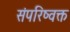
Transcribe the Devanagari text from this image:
संपरिष्वक्त